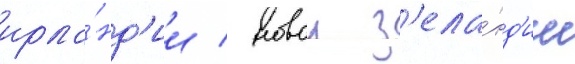
ирла́нд'ии / новои з'ела́нд'ии